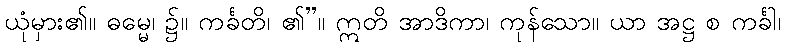
ယုံမှား၏။ ဓမ္မေ၊ ၌။ ကင်္ခတိ၊ ၏”။ ဣတိ အာဒိကာ၊ ကုန်သော။ ယာ အဋ္ဌ စ ကင်္ခါ၊